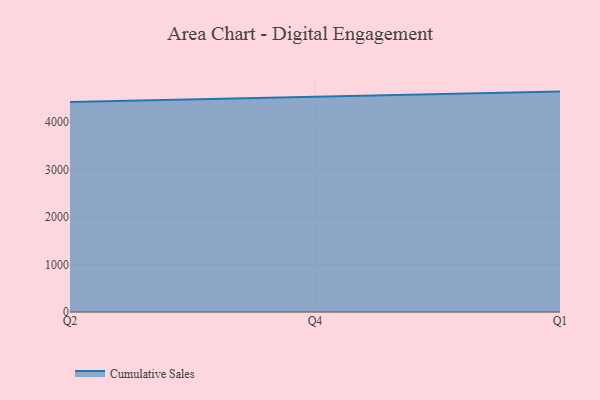
{"axis": {"x": "Quarter", "y": "Shipments"}, "legend": ["Cumulative Sales"], "data": [{"x": "Q2", "y": 4419.5, "type": "Cumulative Sales"}, {"x": "Q4", "y": 4526.0, "type": "Cumulative Sales"}, {"x": "Q1", "y": 4640.1, "type": "Cumulative Sales"}]}